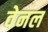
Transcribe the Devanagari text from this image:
वेनल